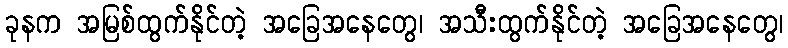
ခုနက အမြစ်ထွက်နိုင်တဲ့ အခြေအနေတွေ၊ အသီးထွက်နိုင်တဲ့ အခြေအနေတွေ၊